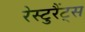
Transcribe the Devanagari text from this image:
रेस्टुरैंट्स